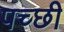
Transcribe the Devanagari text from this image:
पच्‍छी